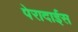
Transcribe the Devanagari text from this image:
पेरादाईस